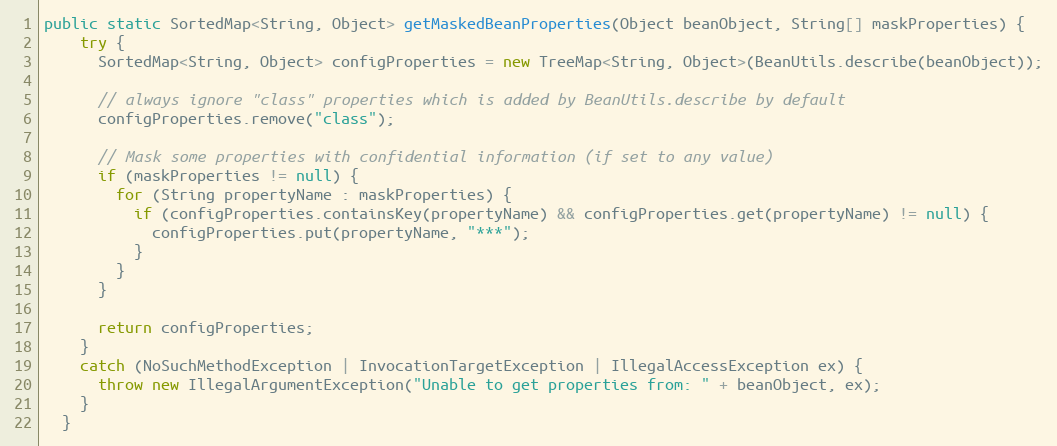
Language: Java
public static SortedMap<String, Object> getMaskedBeanProperties(Object beanObject, String[] maskProperties) {
    try {
      SortedMap<String, Object> configProperties = new TreeMap<String, Object>(BeanUtils.describe(beanObject));

      // always ignore "class" properties which is added by BeanUtils.describe by default
      configProperties.remove("class");

      // Mask some properties with confidential information (if set to any value)
      if (maskProperties != null) {
        for (String propertyName : maskProperties) {
          if (configProperties.containsKey(propertyName) && configProperties.get(propertyName) != null) {
            configProperties.put(propertyName, "***");
          }
        }
      }

      return configProperties;
    }
    catch (NoSuchMethodException | InvocationTargetException | IllegalAccessException ex) {
      throw new IllegalArgumentException("Unable to get properties from: " + beanObject, ex);
    }
  }